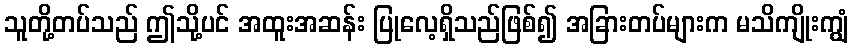
သူတို့တပ်သည် ဤသို့ပင် အထူးအဆန်း ပြုလေ့ရှိသည်ဖြစ်၍ အခြားတပ်များက မသိကျိုးကျွံ